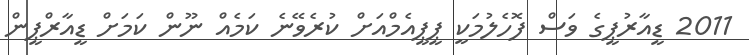
2011 ޑީއާރުޕީގެ ވަސް ފޮހެލުމަކީ ޕީޕީއެމްއަށް ކުރެވޭނެ ކަމެއް ނޫން ކަމަށް ޑީއާރްޕީން